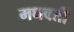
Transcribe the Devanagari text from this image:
मधवर्ती